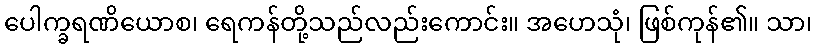
ပေါက္ခရဏိယောစ၊ ရေကန်တို့သည်လည်းကောင်း။ အဟေသုံ၊ ဖြစ်ကုန်၏။ သာ၊